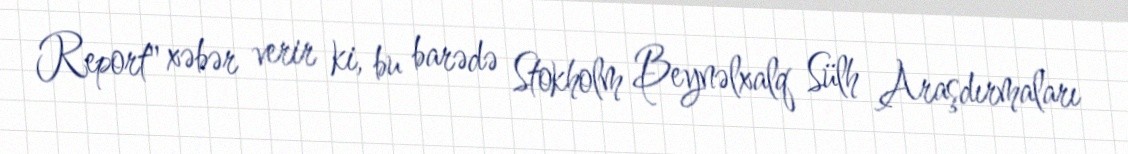
Report" xəbər verir ki, bu barədə Stokholm Beynəlxalq Sülh Araşdırmaları